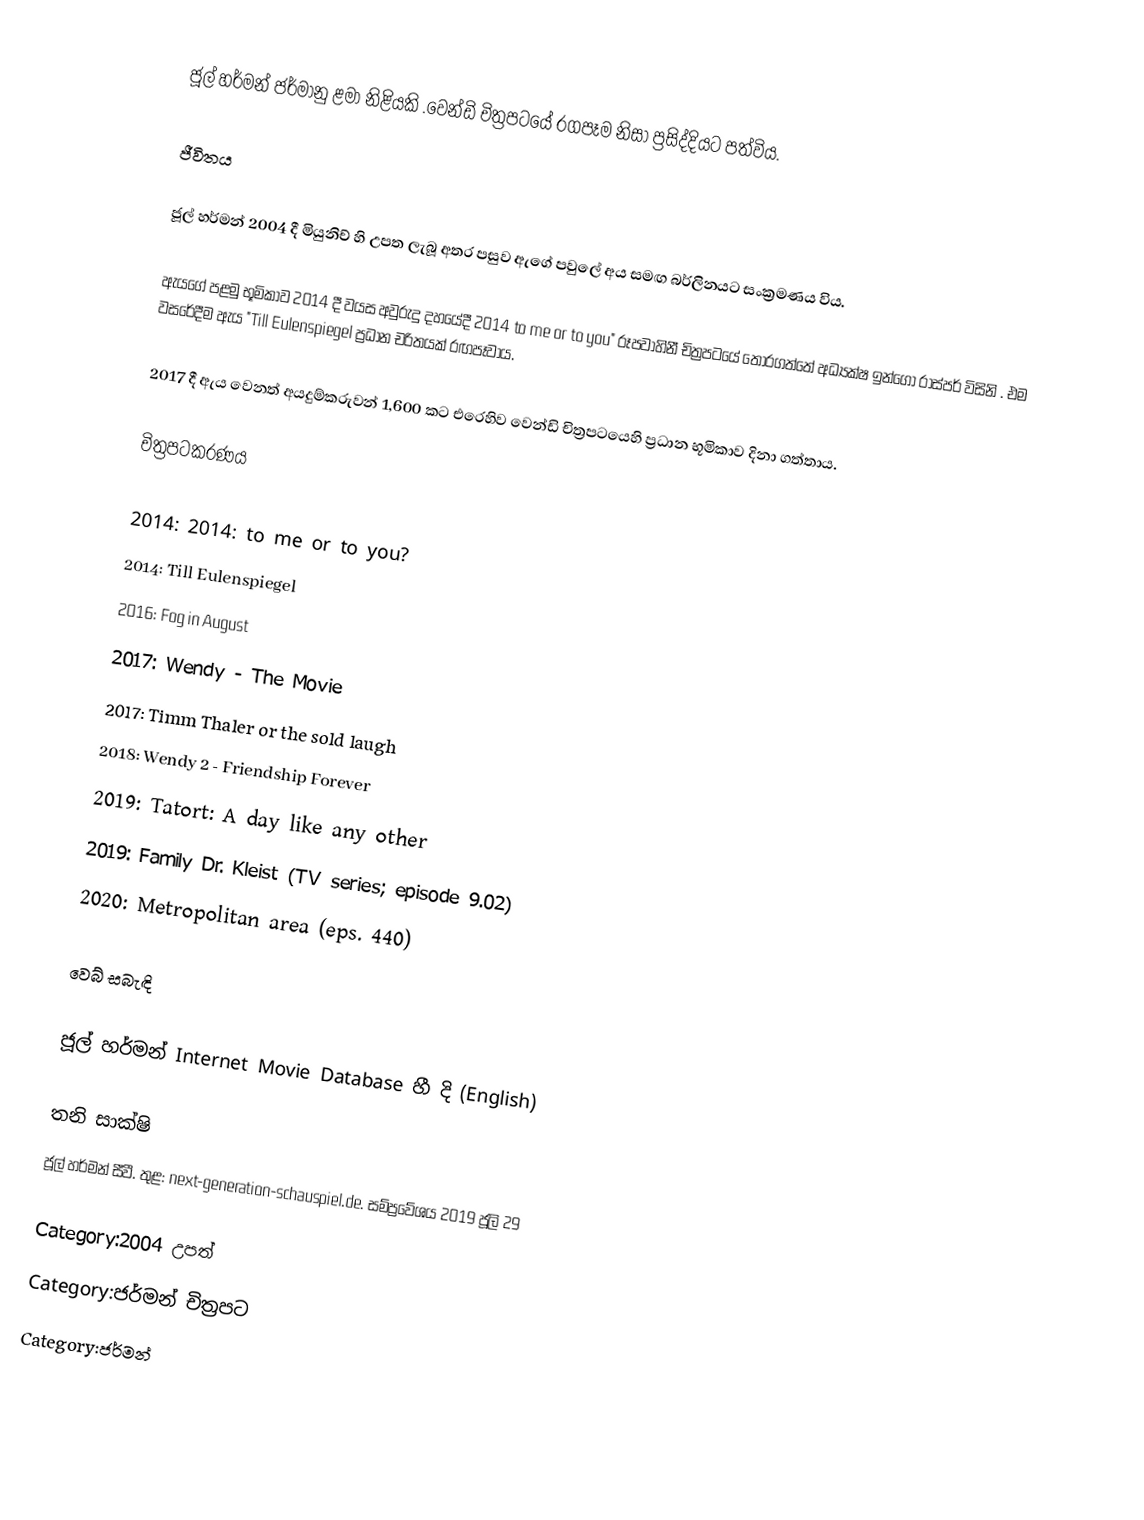
ජූල් හර්මන් ජර්මානු ළමා නිළියකි .වෙන්ඩි චිත්‍රපටයේ රගපෑම නිසා ප්‍රසිද්දියට පත්විය.

ජීවිතය

ජූල් හර්මන් 2004 දී මියුනිච් හි උපත ලැබූ අතර පසුව ඇගේ පවුලේ අය සමඟ බර්ලිනයට සංක්‍රමණය විය.

ඇයගේ පළමු භූමිකාව 2014 දී වයස අවුරුදු දහයේදී 2014 to me or to you" රූපවාහිනී චිත්‍රපටයේ  තෝරගත්තේ අධ්‍යක්ෂ ඉන්ගෝ රාස්පර් විසිනි . එම වසරේදීම ඇය "Till Eulenspiegel ප්‍රධාන චරිතයක් රඟපෑවාය.

2017 දී ඇය වෙනත් අයදුම්කරුවන් 1,600 කට එරෙහිව වෙන්ඩි චිත්‍රපටයෙහි ප්‍රධාන භූමිකාව දිනා ගත්තාය.

චිත්‍රපටකරණය

 2014: 2014: to me or to you?
 2014: Till Eulenspiegel
 2016: Fog in August
 2017: Wendy - The Movie
 2017: Timm Thaler or the sold laugh
 2018: Wendy 2 - Friendship Forever
 2019: Tatort: ​​A day like any other
 2019: Family Dr. Kleist (TV series; episode 9.02)
 2020: Metropolitan area (eps. 440)

වෙබ් සබැඳි

 ජූල් හර්මන් Internet Movie Database හී දි (English)

තනි සාක්ෂි
ජූල් හර්මන් සීවී. තුළ: next-generation-schauspiel.de. සම්ප්‍රවේශය 2019 ජූලි 29

Category:2004 උපත්
Category:ජර්මන් චිත්‍රපට
Category:ජර්මන්